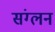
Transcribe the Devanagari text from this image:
संग्लन